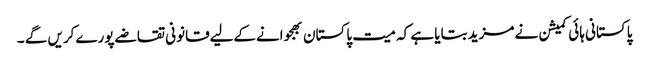
پاکستانی ہائی کمیشن نے مزید بتایا ہے کہ میت پاکستان بھجوانےکےلیےقانونی تقاضےپورےکریں گے ۔